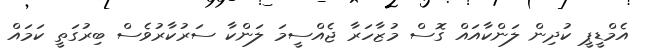
އެމްޑީޕީ ކުދިން ލަންކާއައް ގޮސް މުޒާހަރާ ޖެއްސީމަ ލަންކާ ސަރުކާރުވެސް ބިރުގަތީ ކަމައް